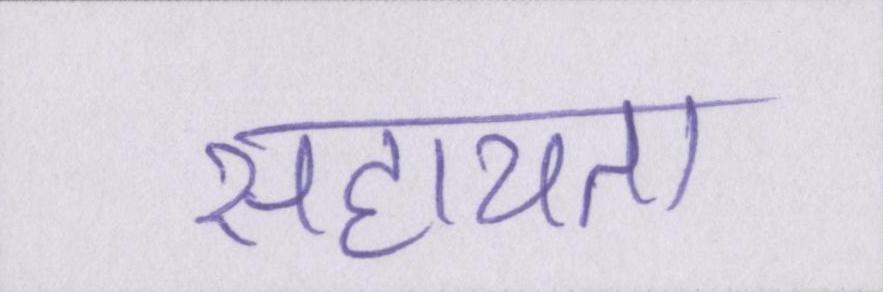
सहायता